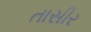
તાસીર